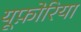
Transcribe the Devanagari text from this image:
यूफ़ोरिया